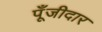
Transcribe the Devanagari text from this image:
पूँजीदार